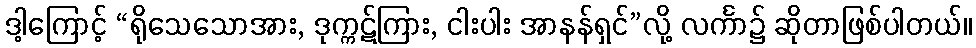
ဒါ့ကြောင့် “ရိုသေသောအား, ဒုက္ကဋ်ကြား, ငါးပါး အာနန်ရှင်”လို့ လင်္ကာ၌ ဆိုတာဖြစ်ပါတယ်။